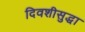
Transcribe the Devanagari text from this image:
दिवशीसुद्धा